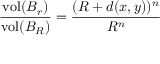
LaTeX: { \frac { \operatorname { v o l } ( B _ { r } ) } { \operatorname { v o l } ( B _ { R } ) } } = { \frac { ( R + d ( x , y ) ) ^ { n } } { R ^ { n } } }